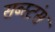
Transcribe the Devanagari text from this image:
सब्स्टंस